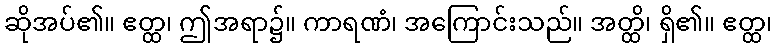
ဆိုအပ်၏။ ဧတ္ထ၊ ဤအရာ၌။ ကာရဏံ၊ အကြောင်းသည်။ အတ္ထိ၊ ရှိ၏။ ဧတ္ထ၊